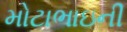
મોટાભાઇની